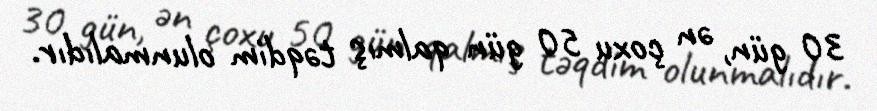
30 gün, ən çoxu 50 gün qalmış təqdim olunmalıdır.